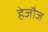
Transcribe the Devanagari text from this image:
हेजौज